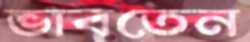
ভাবতেন